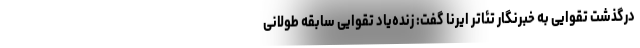
درگذشت تقوایی به خبرنگار تئاتر ایرنا گفت: زنده‌یاد تقوایی سابقه طولانی